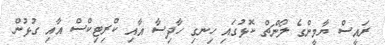
ރައީސް ޔާމީންގެ ލޯންޗް ކޮޅުގައި ހިނގި ހާދިސާ އާއި ކްރިޓިކްސް އާއި ގުޅުން